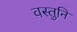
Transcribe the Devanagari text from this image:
वस्तुनि